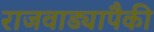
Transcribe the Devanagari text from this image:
राजवाड्यापैकी